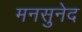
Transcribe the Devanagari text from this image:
मनसुनेद